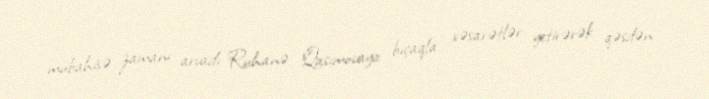
mübahisə zamanı arvadı Ruhanə Qasımovaya bıçaqla xəsarətlər yetirərək qəsdən